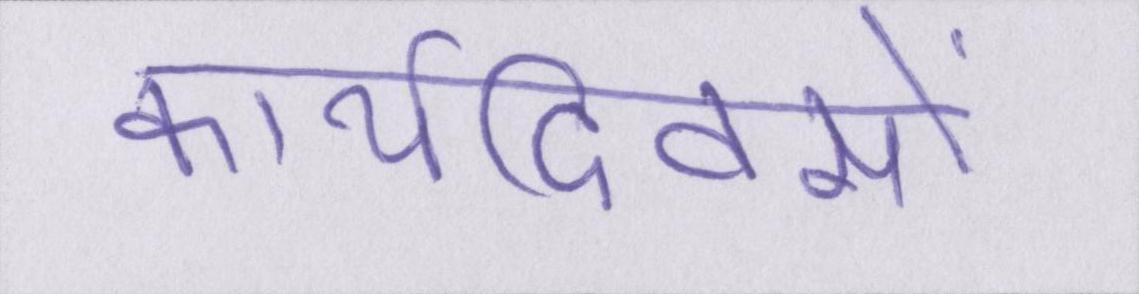
कार्यदिवसों